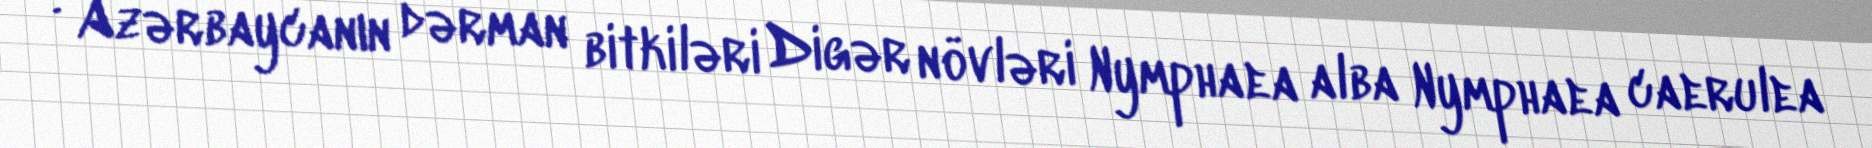
: Azərbaycanın dərman bitkiləri Digər növləri Nymphaea alba Nymphaea caerulea